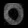
Digit: ၀